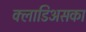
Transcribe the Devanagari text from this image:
क्लाडिअसका